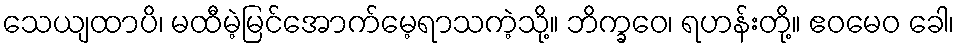
သေယျထာပိ၊ မထီမဲ့မြင်အောက်မေ့ရာသကဲ့သို့။ ဘိက္ခဝေ၊ ရဟန်းတို့။ ဧဝမေဝ ခေါ၊